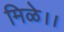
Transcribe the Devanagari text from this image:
मिळे।।